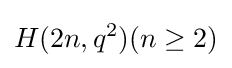
H(2n,q^{2})(n\geq 2)